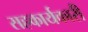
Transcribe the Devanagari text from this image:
सहकार्यकारी